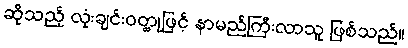
ဆိုသည့် လုံးချင်းဝတ္ထုဖြင့် နာမည်ကြီးလာသူ ဖြစ်သည်။